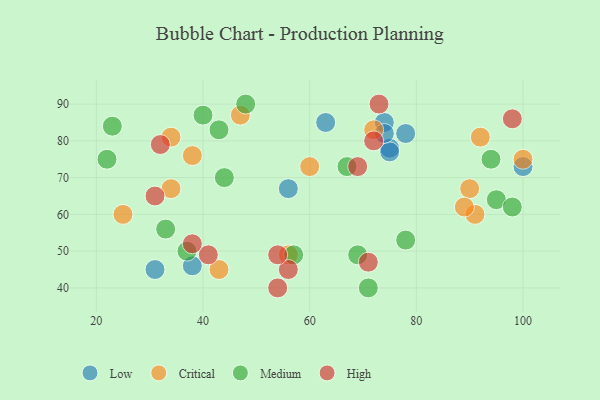
{"axis": {"x": "GDP", "y": "Life Expectancy"}, "legend": ["Critical", "High", "Low", "Medium"], "data": [{"x": "75", "y": 78, "type": "Low"}, {"x": "74", "y": 85, "type": "Low"}, {"x": "100", "y": 73, "type": "Low"}, {"x": "56", "y": 67, "type": "Low"}, {"x": "38", "y": 46, "type": "Low"}, {"x": "75", "y": 77, "type": "Low"}, {"x": "78", "y": 82, "type": "Low"}, {"x": "74", "y": 82, "type": "Low"}, {"x": "63", "y": 85, "type": "Low"}, {"x": "31", "y": 45, "type": "Low"}, {"x": "72", "y": 83, "type": "Critical"}, {"x": "90", "y": 67, "type": "Critical"}, {"x": "43", "y": 45, "type": "Critical"}, {"x": "34", "y": 81, "type": "Critical"}, {"x": "47", "y": 87, "type": "Critical"}, {"x": "25", "y": 60, "type": "Critical"}, {"x": "38", "y": 76, "type": "Critical"}, {"x": "56", "y": 49, "type": "Critical"}, {"x": "100", "y": 75, "type": "Critical"}, {"x": "34", "y": 67, "type": "Critical"}, {"x": "60", "y": 73, "type": "Critical"}, {"x": "91", "y": 60, "type": "Critical"}, {"x": "92", "y": 81, "type": "Critical"}, {"x": "89", "y": 62, "type": "Critical"}, {"x": "48", "y": 90, "type": "Medium"}, {"x": "78", "y": 53, "type": "Medium"}, {"x": "71", "y": 40, "type": "Medium"}, {"x": "33", "y": 56, "type": "Medium"}, {"x": "43", "y": 83, "type": "Medium"}, {"x": "40", "y": 87, "type": "Medium"}, {"x": "22", "y": 75, "type": "Medium"}, {"x": "94", "y": 75, "type": "Medium"}, {"x": "95", "y": 64, "type": "Medium"}, {"x": "57", "y": 49, "type": "Medium"}, {"x": "23", "y": 84, "type": "Medium"}, {"x": "44", "y": 70, "type": "Medium"}, {"x": "98", "y": 62, "type": "Medium"}, {"x": "67", "y": 73, "type": "Medium"}, {"x": "37", "y": 50, "type": "Medium"}, {"x": "69", "y": 49, "type": "Medium"}, {"x": "69", "y": 73, "type": "High"}, {"x": "32", "y": 79, "type": "High"}, {"x": "71", "y": 47, "type": "High"}, {"x": "54", "y": 40, "type": "High"}, {"x": "98", "y": 86, "type": "High"}, {"x": "41", "y": 49, "type": "High"}, {"x": "72", "y": 80, "type": "High"}, {"x": "38", "y": 52, "type": "High"}, {"x": "56", "y": 45, "type": "High"}, {"x": "31", "y": 65, "type": "High"}, {"x": "73", "y": 90, "type": "High"}, {"x": "54", "y": 49, "type": "High"}]}